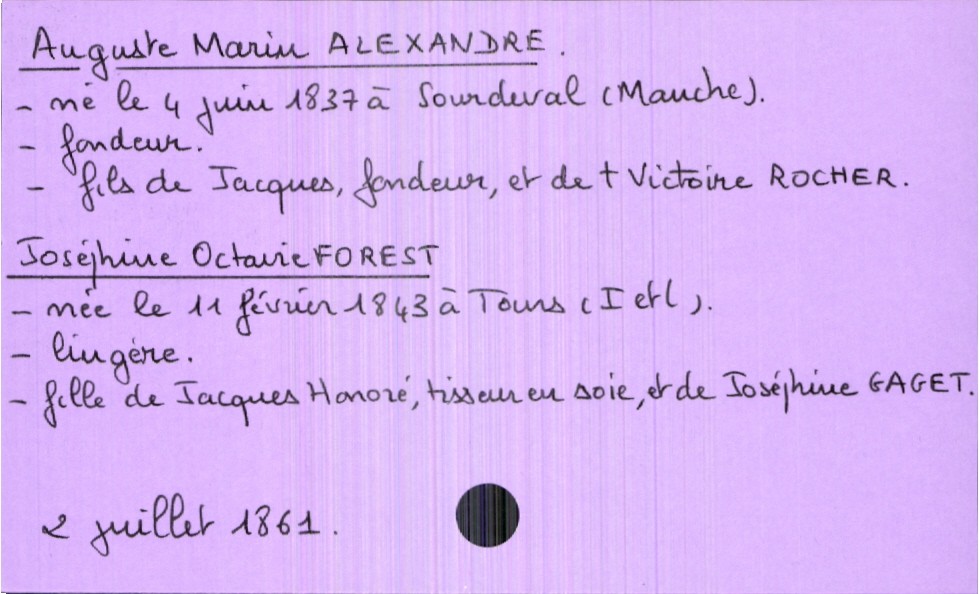
type_acte: Mariage
année: 1861
mois: juillet
jour: 2
marié_nom: Alexandre
marié_prénom: Auguste Marin
marié_profession: fondeur
marié_date_de_naissance: 4 juin 1837
marié_lieu_de_naissance: Sourdeval (Manche)
père_marié_nom: Alexandre
père_marié_prénom: Jacques
mère_marié_nom: Rocher
mère_marié_prénom: Victoire
mère_marié_statut: décédée
mariée_nom: Forest
mariée_prénom: Joséphine Octavie
mariée_profession: lingère
mariée_date_de_naissance: 11 février 1843
mariée_lieu_de_naissance: Tours (Indre et Loire)
père_mariée_nom: Forest
père_mariée_prénom: Jacques Honoré
père_mariée_profession: tisseur en soie
mère_mariée_nom: Gaget
mère_mariée_prénom: Joséphine